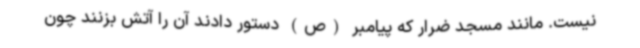
نیست. مانند مسجد ضرار که پیامبر (ص) دستور دادند آن را آتش بزنند چون